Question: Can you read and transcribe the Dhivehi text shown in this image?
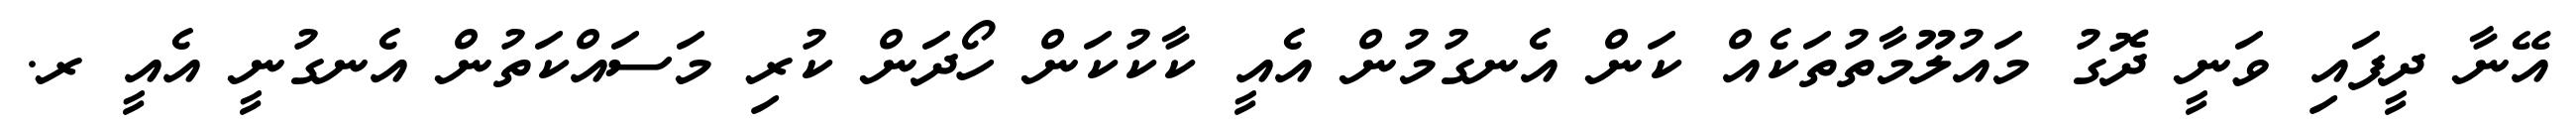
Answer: އޭނާ ދީފައި ވަނީ ދޮގު މައުލޫމާތުތަކެއް ކަން އެނގުމުން އެއީ ކާކުކަން ހޯދަން ކުރި މަސައްކަތުން އެނގުނީ އެއީ ރ.